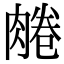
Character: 𦝘